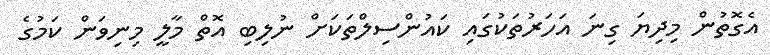
އެގޮތުން މިދިޔަ ގިނަ އަހަރުތަކުގައި ކައުންސިލްތަކަށް ނުލިބި އޮތް މާލީ މިނިވަން ކަމުގެ